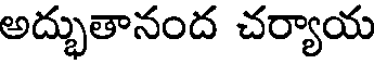
అద్భుతానంద చర్యాయ